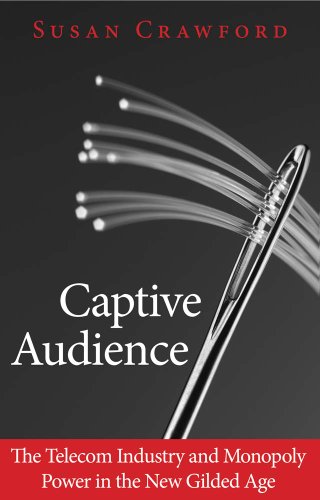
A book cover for Captive Audience: The Telecom Industry and Monopoly Power in the New Gilded Age; Susan Crawford; Business & Money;